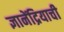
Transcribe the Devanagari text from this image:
ज्ञानेंद्रियाची